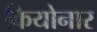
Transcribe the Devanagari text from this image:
कियोनार